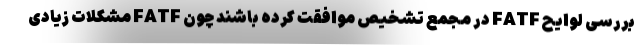
بررسی لوایح FATF در مجمع تشخیص موافقت کرده باشند چون FATF مشکلات زیادی